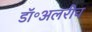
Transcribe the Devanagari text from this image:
डॉ॰अलरीच